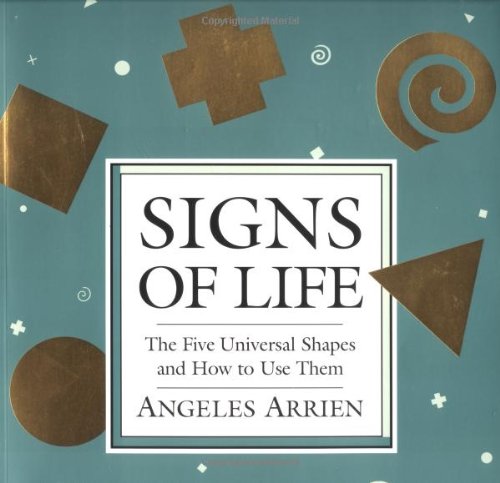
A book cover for Signs of Life: The Five Universal Shapes and How to Use Them; Angeles Arrien; Arts & Photography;